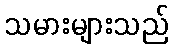
သမားများသည်